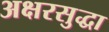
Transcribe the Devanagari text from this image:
अक्षरसुद्धा